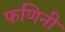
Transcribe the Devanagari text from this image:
फणिनी